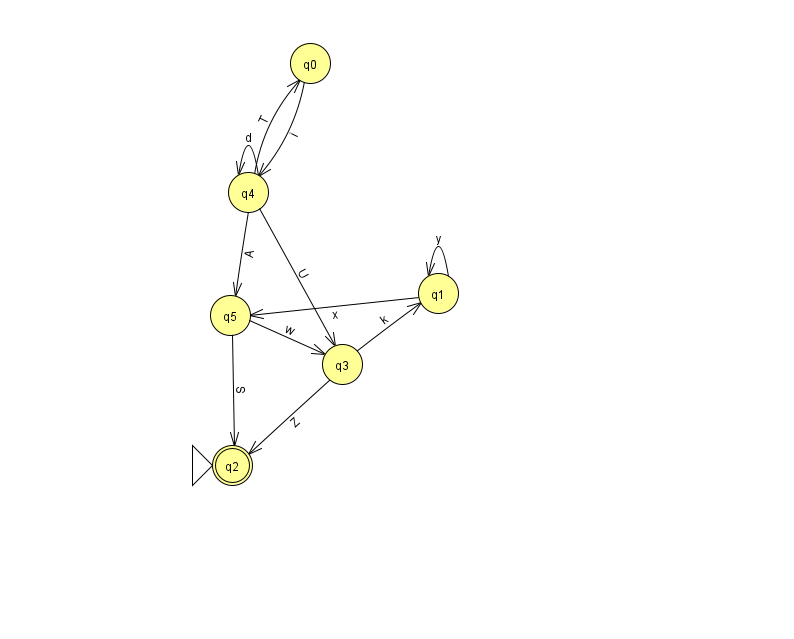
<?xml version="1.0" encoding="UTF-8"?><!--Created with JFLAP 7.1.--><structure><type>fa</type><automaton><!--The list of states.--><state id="0" name="q0"><x>310.0</x><y>50.0</y></state><state id="1" name="q1"><x>438.0</x><y>280.0</y></state><state id="2" name="q2"><x>232.0</x><y>452.0</y><initial/><final/></state><state id="3" name="q3"><x>342.0</x><y>351.0</y></state><state id="4" name="q4"><x>248.0</x><y>179.0</y></state><state id="5" name="q5"><x>230.0</x><y>302.0</y></state><!--The list of transitions.--><transition><from>4</from><to>3</to><read>U</read></transition><transition><from>0</from><to>4</to><read>i</read></transition><transition><from>4</from><to>4</to><read>d</read></transition><transition><from>3</from><to>2</to><read>Z</read></transition><transition><from>5</from><to>3</to><read>w</read></transition><transition><from>4</from><to>5</to><read>A</read></transition><transition><from>1</from><to>1</to><read>y</read></transition><transition><from>4</from><to>0</to><read>T</read></transition><transition><from>1</from><to>5</to><read>x</read></transition><transition><from>5</from><to>2</to><read>S</read></transition><transition><from>3</from><to>1</to><read>k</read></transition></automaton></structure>